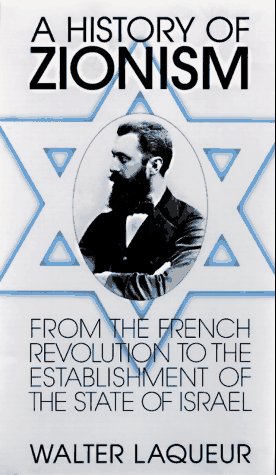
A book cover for A History of Zionism: From the French Revolution to the Establishment of the State of Israel; Walter Laqueur; Religion & Spirituality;